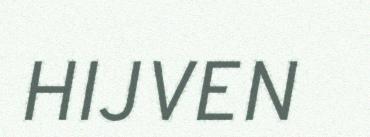
HIJVEN